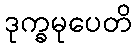
ဒုက္ခမုပေတိ